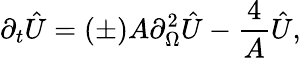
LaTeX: \partial_{t}\hat{U}=(\pm)A\partial_{\Omega}^{2}\hat{U}-{\frac{4}{A}}\hat{U},